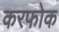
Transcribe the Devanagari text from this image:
करफोक